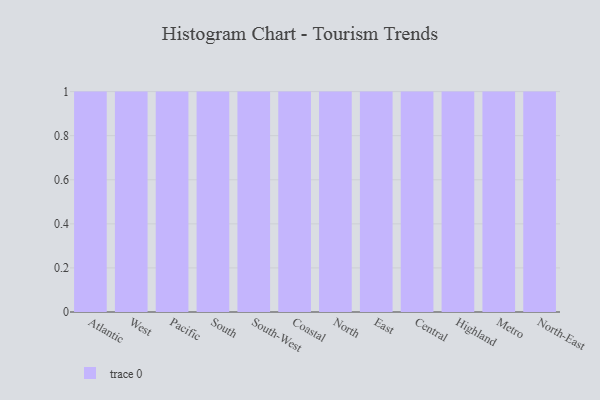
{"axis": {"x": "Region", "y": "Revenue (USD Million)"}, "legend": [""], "data": [{"x": "Atlantic", "y": 87, "type": ""}, {"x": "West", "y": 38, "type": ""}, {"x": "Pacific", "y": 47, "type": ""}, {"x": "South", "y": 11, "type": ""}, {"x": "South-West", "y": 64, "type": ""}, {"x": "Coastal", "y": 15, "type": ""}, {"x": "North", "y": 68, "type": ""}, {"x": "East", "y": 19, "type": ""}, {"x": "Central", "y": 91, "type": ""}, {"x": "Highland", "y": 86, "type": ""}, {"x": "Metro", "y": 30, "type": ""}, {"x": "North-East", "y": 40, "type": ""}]}